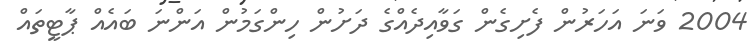
2004 ވަނަ އަހަރުން ފެށިގެން ގަވާއިދެއްގެ ދަށުން ހިންގަމުން އަންނަ ބައެއް ޕާޓީތައް